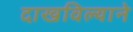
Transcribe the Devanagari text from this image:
दाखविल्याने